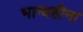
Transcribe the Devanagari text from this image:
भाग्यहीना